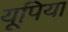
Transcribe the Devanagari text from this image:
यूपिया